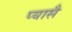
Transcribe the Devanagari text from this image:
प्यासै